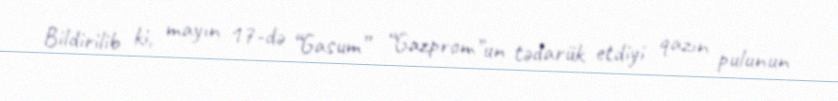
Bildirilib ki, mayın 17-də “Gasum” “Gazprom”un tədarük etdiyi qazın pulunun